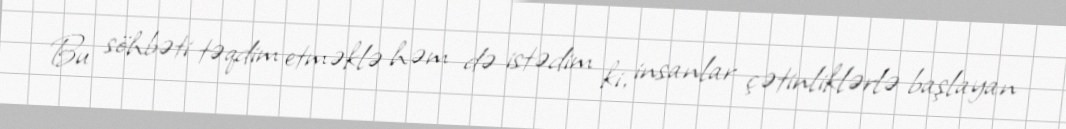
Bu söhbəti təqdim etməklə həm də istədim ki, insanlar çətinliklərlə başlayan